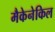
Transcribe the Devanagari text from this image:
मैकेनेकिल